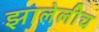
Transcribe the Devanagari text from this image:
झालेलीच